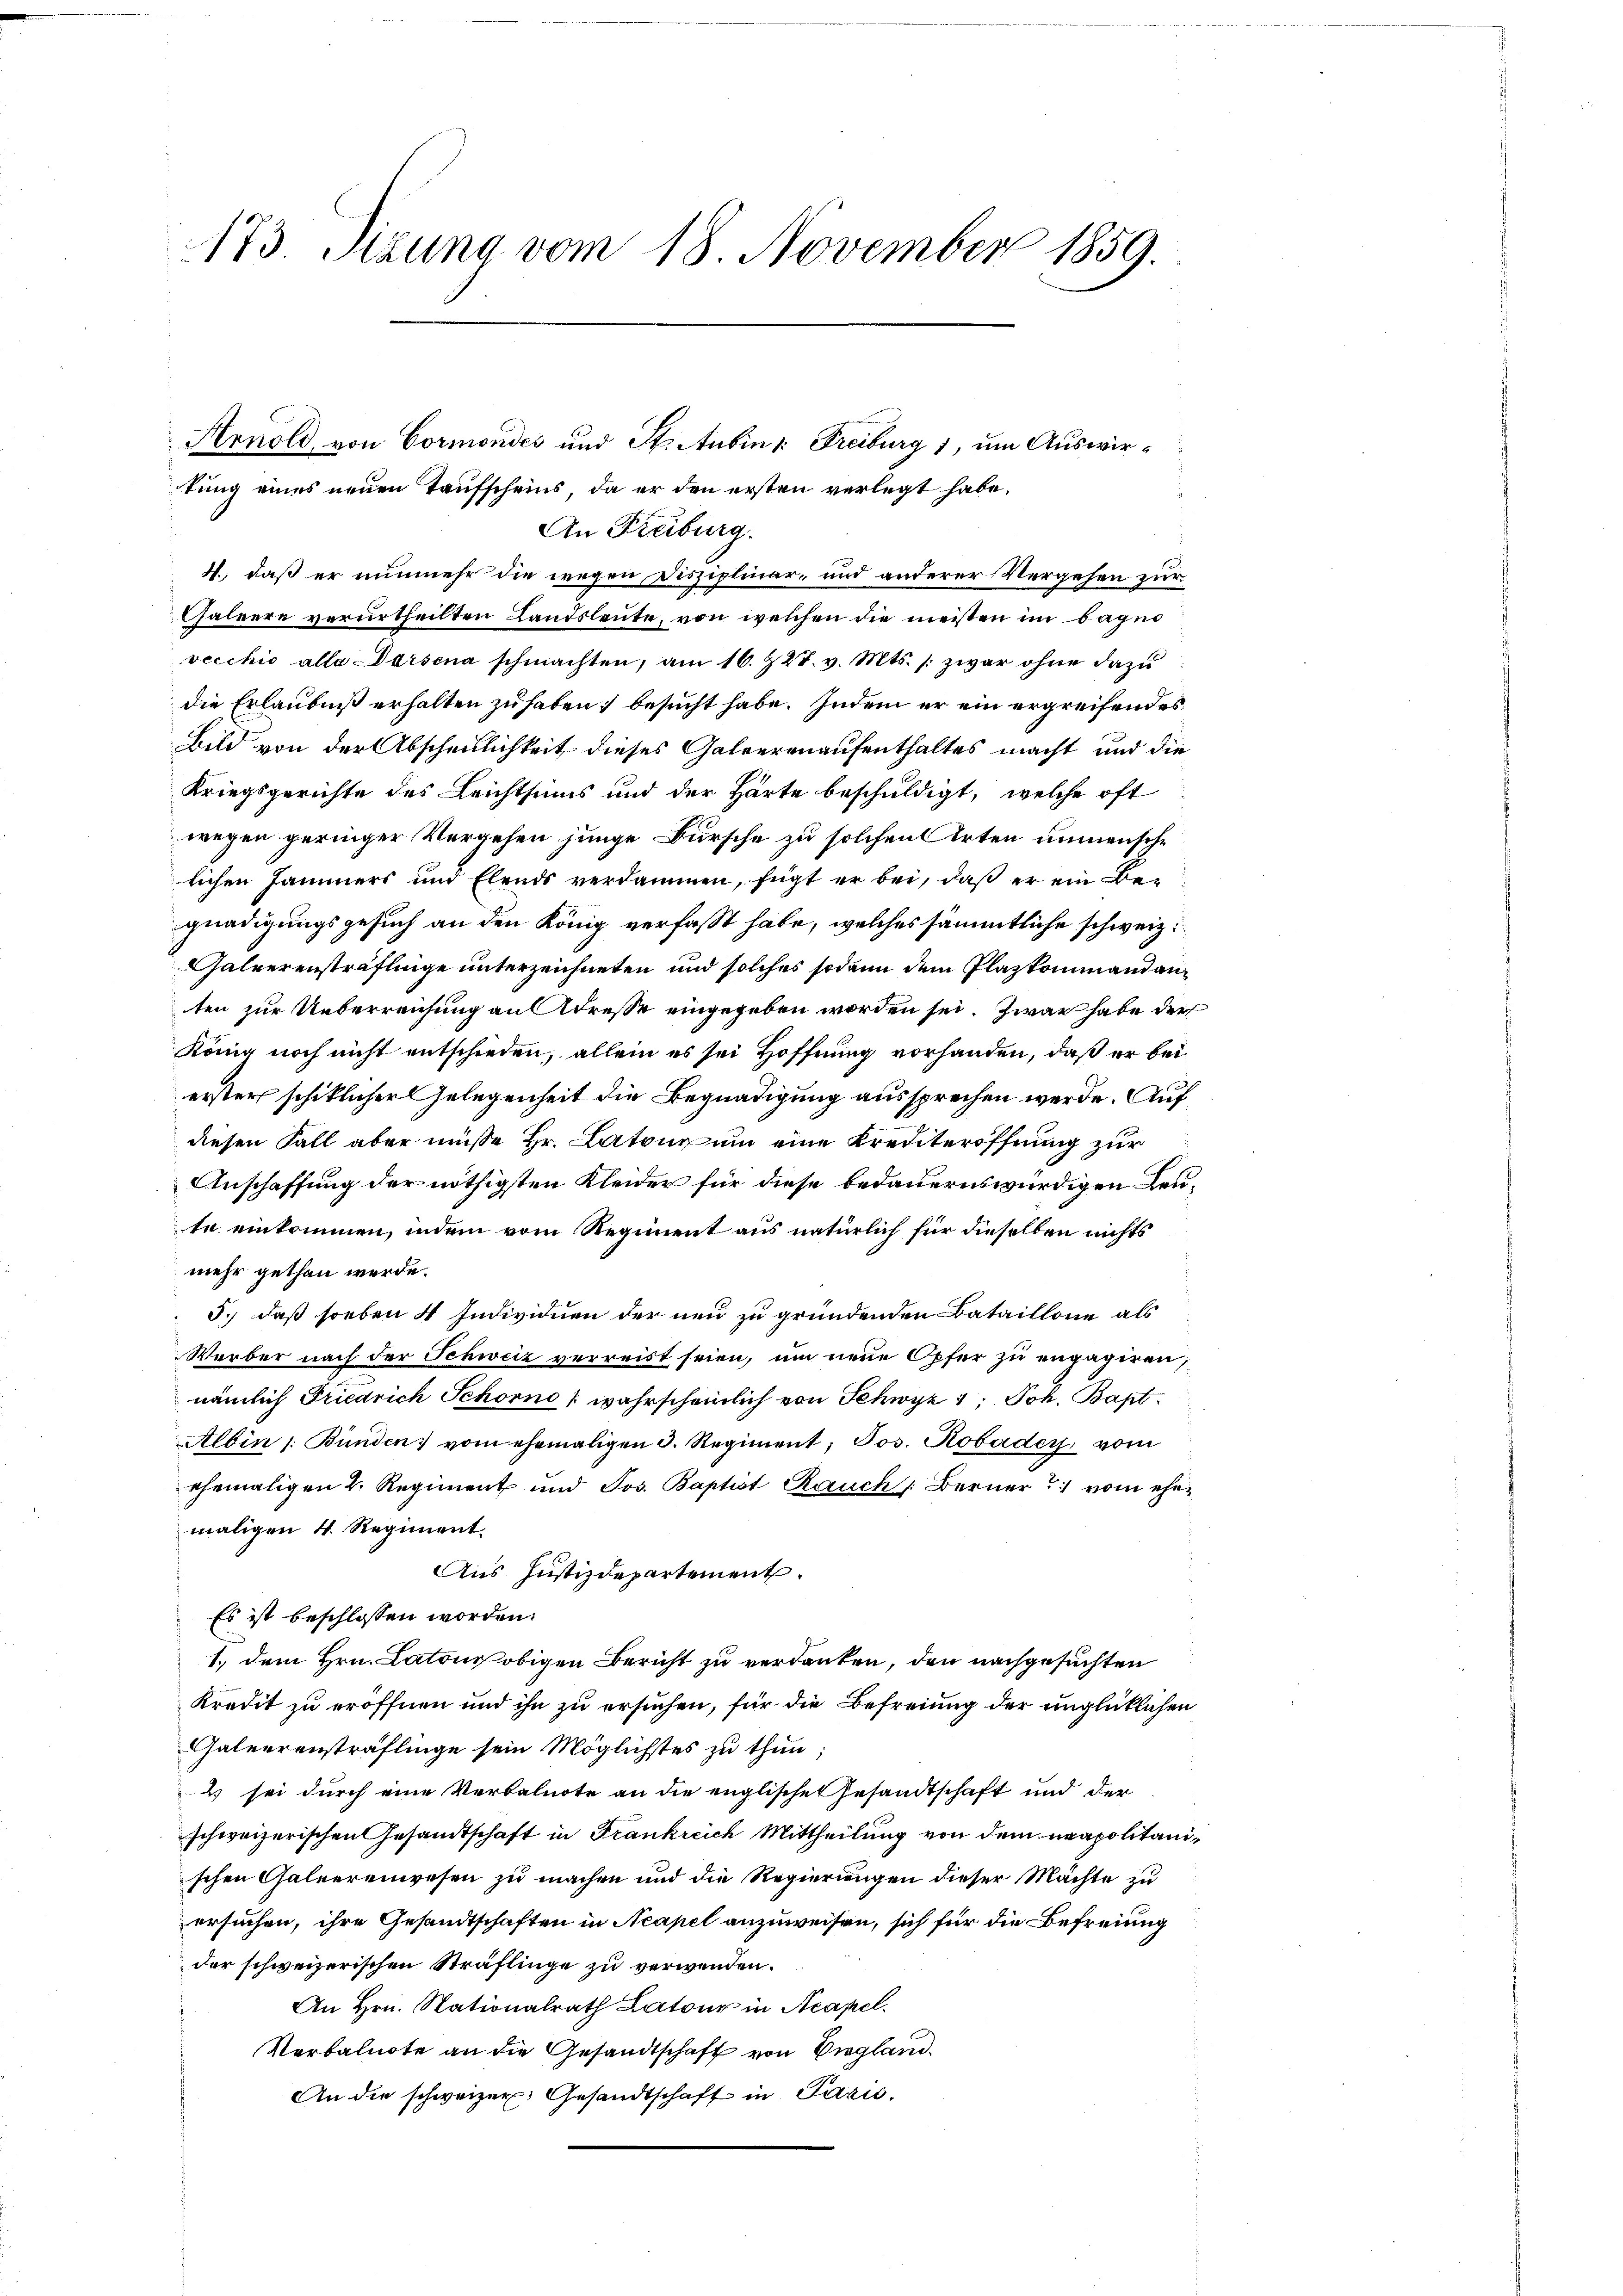
173. Sitzung vom 18. November 1859.

An Freiburg.
4., daß er nunmehr die wegen Disziplinar- und anderer Vergehen zur
Galeere verurtheilten Landsleute, von welchen die meisten im bager
vecchio alle Darsena schmachten, am 16. 728. v. Mts. zwar ohne dazu
die Erlaubniß erhalten zu haben, besucht habe. Indem er ein ergreifendes
Bild von der Abscheulichkeit dieses Galeerenaufenthaltes macht und die
Kriegsgerichte des Leichtsinns und der Härte beschuldigt, welche oft
wegen geringer Vergehen junge Bursche zu solchen Arten unmensche
lichen Hammers und Elends verdammen, fügt er bei, daß er ein Begnadigungsgesuch an den König verfasst habe, welches sämmtliche schweiz.
Galuerensträflinge unterzeichneten und solches sodann dem Plazkommand anten zur Ueberreichung an Adresse eingegeben worden sei. Zwar habe der
König noch nicht entschieden, allein es sei Hoffnung vorhanden, daß er bei
erster schiklicher Gelegenheit die Begnadigung aussprechen werde. Auf
diesen Fall aber müsse Hr. Catone um eine Krediteröffnung zur
Anschaffung der nöthigsten Kleider für diese bedauernswürdigen Leute einkommen, indem vom Regiment aus natürlich für dieselben nichts
mehr gethan werde.
5.) daß soeben 4 Individuen der neu zu gründenden Bataillone als
Werber nach der Schweiz verreist seien, um neue Opfer zu engagiren,
nämlich Friedrich Schorno (wahrscheinlich von Schwyz 1. Joh. Bapt.
Albin /: Bunden vom ehemaligen 3. Regiment, Jos. Robader, vom
ehemaligen 2. Regiment und Jos. Baptist Rauch Berner vom eher
maligen 4. Regiment.
Aus Justizdepartement.
Es ist beschlossen worden.
1., dem Hrn. Latons obigen Bericht zu verdanken, den nachgesuchten
Kredit zu eröffnen und ihn zu ersuchen, für die Befreiung der unglücklichen
Galeerensträflinge sein Möglichstes zu thun;
2 sei durch eine Verbalnote an die englischen Gesandtschaft und der
schweizerischen Gesandtschaft in Frankreich Mittheilung von dem neapolitanischen Galeerenwesen zu machen und die Regierungen dieser Mächte zu
ersuchen, ihre Gesandtschaften in Neapel anzuweisen, sich für die Befreiung
der schweizerischen Sträflinge zu verwenden.
An Hrn. Nationalrath Latour in Acapel.
Verbalnote an die Gesandtschaft von England.
An die schweizer Gesandtschaft in Paris.

Arnold, von Cormondes und St. Aubin r: Freiburg 1, um Auswirtung eines neuen Taufscheins, da er den ersten verlegt habe.